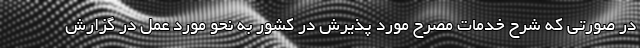
در صورتی که شرح خدمات مصرح مورد پذیرش در کشور به نحو مورد عمل در گزارش